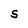
Character: S